Indian Medical Review
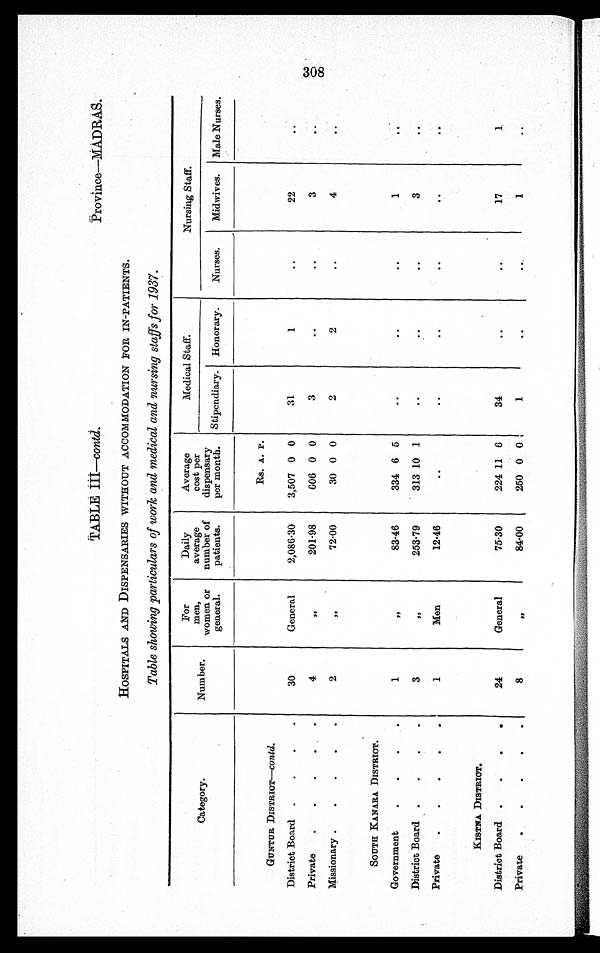
TABLE III—contd.
Province—MADRAS.
HOSPITALS AND DISPENSARIES WITHOUT ACCOMMODATION FOR IN-PATIENTS.
Table showing particulars of work and medical and nursing staffs for 1937.
Category.
Number.
For
men,
women or
general.
Daily
average
number of
patients.
Average
cost per
dispensary
per month.
Medical Staff.
__
Nursing Staff.
Stipendiary. Honorary.
Nurses.
Midwives.
Male Nurses.
Rs. A. P.
GUNTUR DISTRIOT—contd.
District Board
30
General
2,086·30
3,507 0 0
31
1
..
22
..
Private
4
, ,
201·98
606 0 0
3
..
..
3
..
Missionary
2
, ,
,
72·00
30 0 0
2
2
..
4
..
SOUTH KANARA DISTRICT
Government
1
, ,
83·46
334 6 5
..
..
..
1
. .
District Board
3
, ,
253·79
313 10 1
. .
..
..
3
. .
Private
1
Men
12·46
..
..
..
. .
. .
KISTRA DISTRICT.
District Board
24
General
75·30
224 11 6
34
..
..
17
1
Private
8
, ,
84·00
250 0 0
1
. .
. .
1
. .
3
0
8